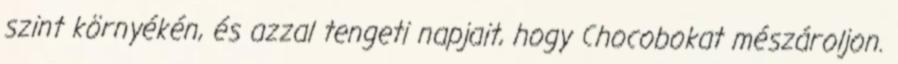
szint környékén, és azzal tengeti napjait, hogy Chocobokat mészároljon.